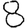
Digit: 8